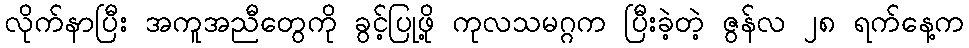
လိုက်နာပြီး အကူအညီတွေကို ခွင့်ပြုဖို့ ကုလသမဂ္ဂက ပြီးခဲ့တဲ့ ဇွန်လ ၂၈ ရက်နေ့က